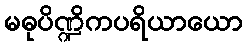
မဓုပိဏ္ဍိကပရိယာယော